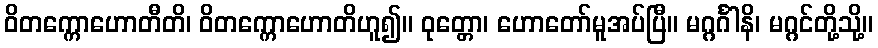
ဝိတက္ကောဟောတီတိ၊ ဝိတက္ကောဟောတိဟူ၍။ ဝုတ္တော၊ ဟောတော်မူအပ်ပြီ။ မဂ္ဂင်္ဂါနိ၊ မဂ္ဂင်တို့သို့။